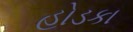
હોડકા